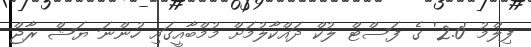
ފިލްމު '2.0' ގެ ފަސްޓް ލުކް ދައްކާލުމަށް މުމްބާއީގައި ހުންނަ ޔަޝް ރާޖް